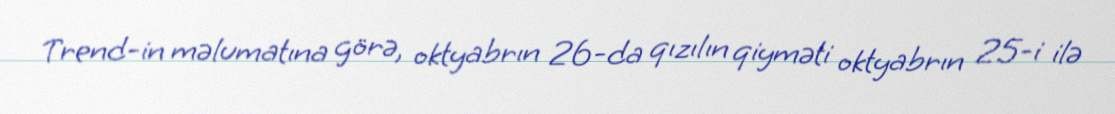
Trend-in məlumatına görə, oktyabrın 26-da qızılın qiyməti oktyabrın 25-i ilə